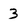
Character: 3